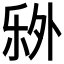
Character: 𬼏